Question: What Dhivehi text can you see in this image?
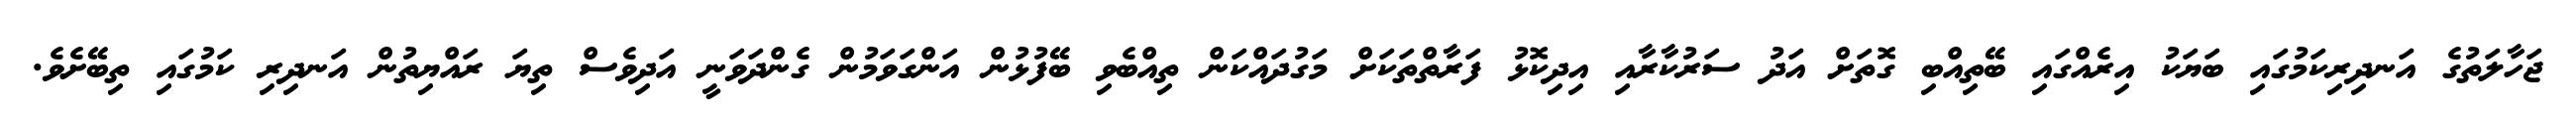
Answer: ޖަހާލަތުގެ އަނދިރިކަމުގައި ބަޔަކު އިރެއްގައި ބޭތިއްބި ގޮތަށް އަދު ސަރުކާރާއި އިދިކޮޅު ފަރާތްތަކަށް މަގުދައްކަން ތިއްބެވި ބޭފުޅުން އަންގަވަމުން ގެންދަވަނީ އަދިވެސް ތިޔަ ރައްޔިތުން އަނދިރި ކަމުގައި ތިބޭށެވެ.